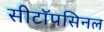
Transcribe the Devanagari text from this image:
सीटॉपसिनल